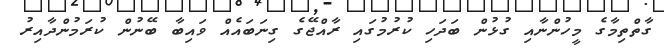
ގާތްތިމާގެ މީހުންނާއި ގުޅުން ބަދަހި ކުރުމުގައި ރާއްޖޭގެ ގިނަބައެއް ވައިބާ ބޭނުން ކުރަމުންދާއިރު